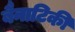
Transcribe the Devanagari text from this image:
बैनाटिकी